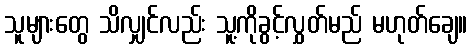
သူများတွေ သိလျှင်လည်း သူ့ကိုခွင့်လွှတ်မည် မဟုတ်ချေ။